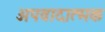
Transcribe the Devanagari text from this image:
अपवादात्मक